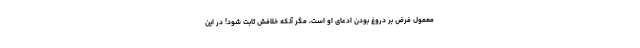
معمول فرض بر دروغ بودن ادعای او است، مگر آنکه خلافش ثابت شود! در این